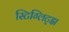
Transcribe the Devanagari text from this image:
स्टिग्लिट्झ